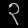
Digit: ၃